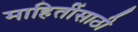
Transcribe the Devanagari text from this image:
माहितींसाठी